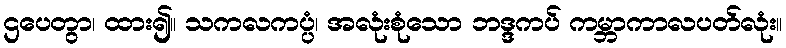
ဌပေတွာ၊ ထား၍။ သကလကပ္ပံ၊ အလုံးစုံသော ဘဒ္ဒကပ် ကမ္ဘာကာလပတ်လုံး။